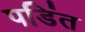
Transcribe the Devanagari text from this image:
पडिंत